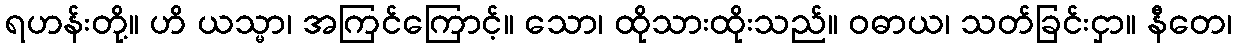
ရဟန်းတို့။ ဟိ ယသ္မာ၊ အကြင်ကြောင့်။ သော၊ ထိုသားထိုးသည်။ ဝဓာယ၊ သတ်ခြင်းငှာ။ နီတေ၊